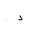
Letter: _dal